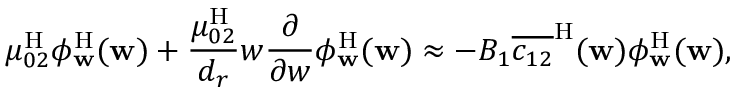
\mu _ { 0 2 } ^ { \mathrm { H } } \phi _ { \mathbf { w } } ^ { \mathrm { H } } ( \mathbf { w } ) + \frac { \mu _ { 0 2 } ^ { \mathrm { H } } } { { d _ { r } } } w \frac { \partial } { \partial w } \phi _ { \mathbf { w } } ^ { \mathrm { H } } ( \mathbf { w } ) \approx - B _ { 1 } \overline { { c _ { 1 2 } } } ^ { \mathrm { H } } ( \mathbf { w } ) \phi _ { \mathbf { w } } ^ { \mathrm { H } } ( \mathbf { w } ) ,